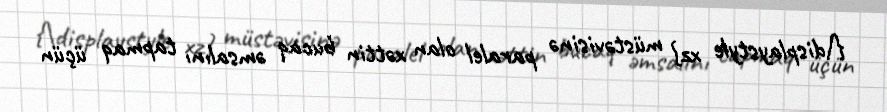
{\displaystyle xz} müstəvisinə paralel olan xəttin bucaq əmsalını tapmaq üçün